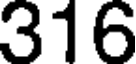
316